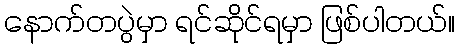
နောက်တပွဲမှာ ရင်ဆိုင်ရမှာ ဖြစ်ပါတယ်။